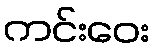
ကင်းဝေး